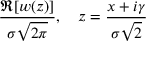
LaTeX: { \frac { \Re [ w ( z ) ] } { \sigma { \sqrt { 2 \pi } } } } , ~ ~ ~ z = { \frac { x + i \gamma } { \sigma { \sqrt { 2 } } } }